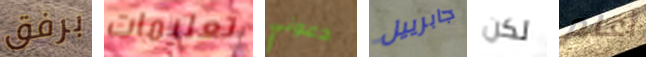
برفق تعليمات دعوني جابرييل لكن أعلم